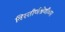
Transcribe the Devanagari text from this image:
विस्तीर्णश्रेणीच्या